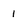
Character: 1